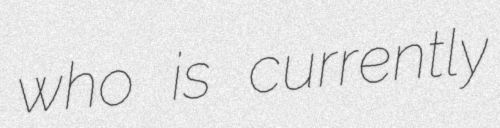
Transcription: who is currently